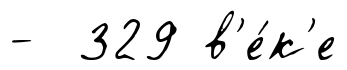
- 329 в'е́к'е